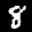
Label: 8